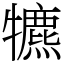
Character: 犥